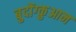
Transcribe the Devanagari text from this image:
बुदोंग्कुआन